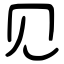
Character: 见